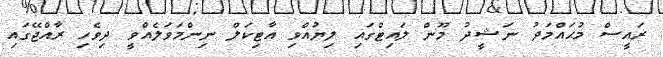
ރައީސް މުޙައްމަދު ނަޝީދު މޫން ލައިޓްގައި ލިޔުއްވި އާޓިކަލް ނިންމަވަލެއްވީ ދިވެހި ރާއްޖޭގައި